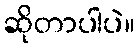
ဆိုတာပါပဲ။